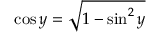
\cos y = { \sqrt { 1 - \sin ^ { 2 } y } }